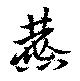
麃